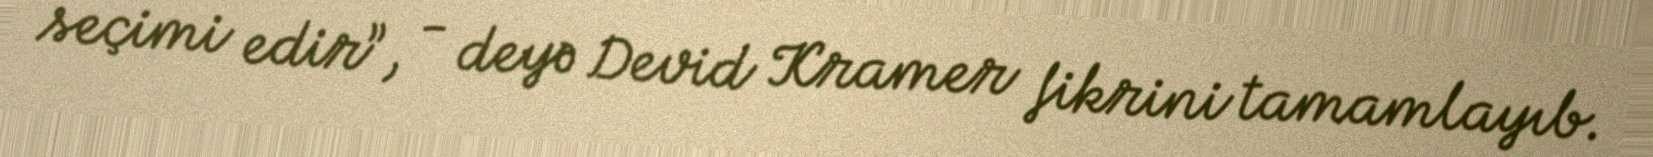
seçimi edir”, - deyə Devid Kramer fikrini tamamlayıb.